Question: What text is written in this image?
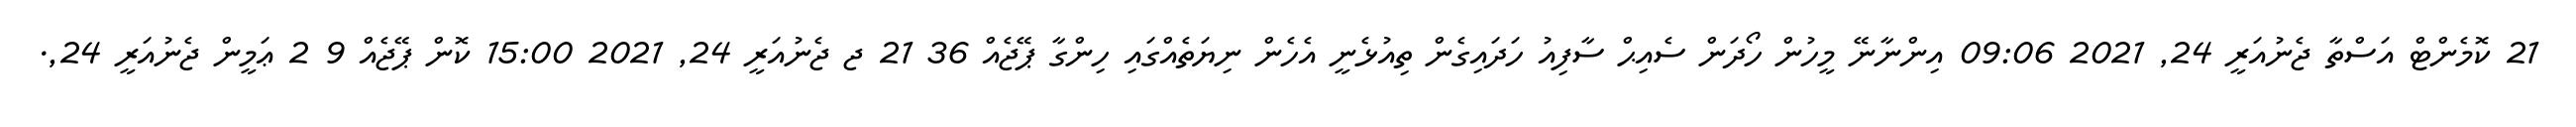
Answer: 21 ކޮމެންޓް އަސްތާ ޖެނުއަރީ 24, 2021 09:06 އިންނާނޭ މީހުން ހޯދަން ސެއިޙް ސާފިއު ހަދައިގެން ތިއުޅެނީ އެހެން ނިޔަތެއްގައި ހިންގާ ޕޭޖެއް 36 21 ޖ ޖެނުއަރީ 24, 2021 15:00 ކޮން ޕޭޖެއް 9 2 ޢަމީން ޖެނުއަރީ 24,.